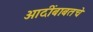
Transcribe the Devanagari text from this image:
आदींबाबतचे